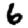
Digit: 6